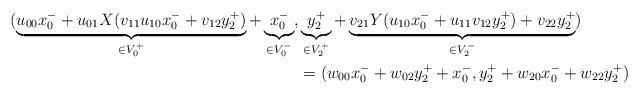
LaTeX: \begin{align*}(\underbrace{u_{00} x_0^- + u_{01}X(v_{11} u_{10} x_0^- + v_{12}y_2^+)}_{ \in V_0^+} + \underbrace{x_0^-}_{\in V_0^-}, &\underbrace{y_2^+}_{\in V_2^+} + \underbrace{v_{21} Y(u_{10} x_0^- + u_{11}v_{12}y_2^+) + v_{22} y_2^+}_{\in V_2^-})\\&= (w_{00} x_0^- + w_{02} y_2^+ + x_0^-, y_2^+ + w_{20} x_0^- + w_{22} y_2^+)\end{align*}